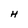
Character: H